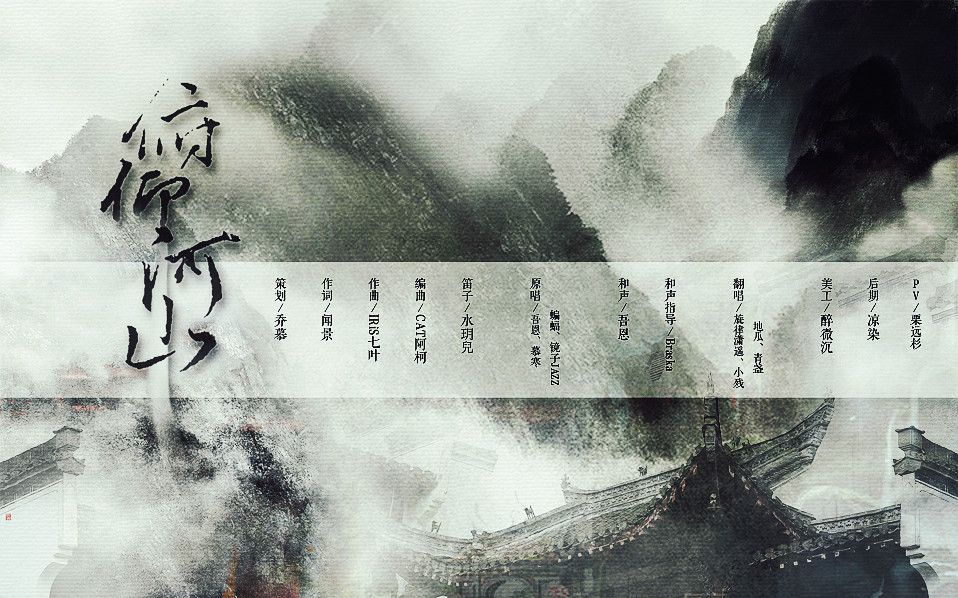
不用思量今古，俯仰昔人非。